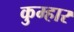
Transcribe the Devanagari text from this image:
कुम्‍हार